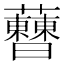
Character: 𧅝